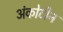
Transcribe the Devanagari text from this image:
अंकोटीन